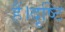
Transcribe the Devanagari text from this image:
हैं।दृष्टि